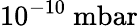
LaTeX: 10^{-10}~\mathrm{mbar}